Civil Veterinary Department Bihar & Orissa reports 1922-29 - 1922-1929
Year: 1922
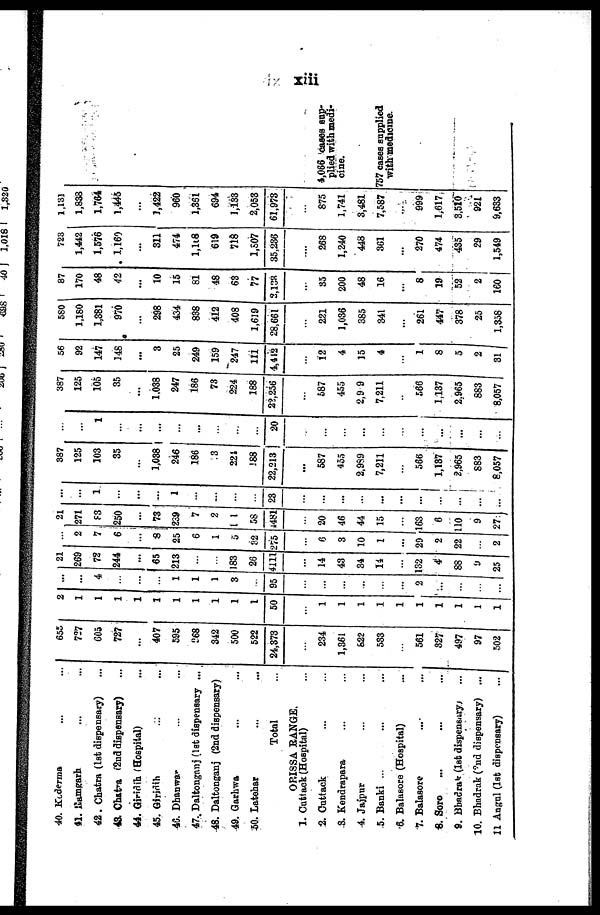
xiii
40. Kederma
41. Ramfcarb
42 . Chatra (1st dispensary)
43. Chatra (2nd dispensary)
44. Giridih (Hospital)
45. Giridih
4C. Dhanwa-
47.. Daltonganj (1st dispensary ...
48. Daltonganj (2nd dispensary)
49. Garhwa
50. Latehar
Total
ORISSA RANGE.
1. Cuttack (Hospital)
2. Cuttack
3. Kendrapara
4. Jajpur
5. Banki ...
6. Balasore (Hospital)
7. Balasore
8. Soro
...
...
...
9. Bbadrat (1st dispensary) ...
10. Bhadrak (2nd dispensary) ...
11 Angul (1st dispensary)
...
655
727
605
727
...
407
595
268
342
500
522
24,373
234
1,361
822
533
561
327
497
97
502
50
8 ...
L ...
[
4
1
1
1
3
95
2
...
21
269
72
244
...
65
213
183
26
4111
14
43
34
14
2
7
6
8
25
6
1
21
271
83
250
73
239
7
2
5 1
?2
275
6
3
10
1
132
4
88
9
...| 25
29
2
22
2
58
1481
20
46
44
15
163
6
10
9
27
...
1
...
...
1
...
23
...
...
387
125
103
35
...
1,038
246
186
.3
221
J88
22,213
...
587
455
2,939
7,211
566
1,137
... ! 2,965
... ;'
883
8,057
1
...
I ...
20
...
387
125
105
35
...
1,038
247
186
73
224
188
22,256
587
455
2,9 9
7,211
566
1,137
2.965
883
8,057 |
56
92
147
J48
...
3
25
249
159
247
111
4,412
12
4
15
4
1
8
5
2
31|
580
1,180
1,381
970
298
434
838
412
408
1,619
28,661
221
1,036
385
341
261
447
378
25
1,358
87
170
48
42
...
10
15
81
48
63
77
2,133
...
35
200
48
16
...
8
19
52
2
160
723
1,442
1,576
1,169
311
474
1,1t8
619
718
1,S07
35,236
268
1,240
448
361
...
270
474
435
29
1,549
1.131
1,833
1,764
1,445
...
1,422
960
1,361
694
1,133
2,053
61,973
875
1,741
3,481
7,587
999
1,617
3,510
921
9,633
4,066 oases sup-
plied with medi-
cine.
757 cases supplied
with medicine.